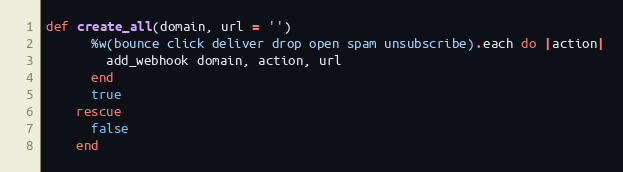
Language: Ruby
def create_all(domain, url = '')
      %w(bounce click deliver drop open spam unsubscribe).each do |action|
        add_webhook domain, action, url
      end
      true
    rescue
      false
    end